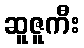
ဆူဇူကီး